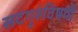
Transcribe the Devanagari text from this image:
सदगुरुंविषयी